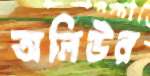
অলিউর